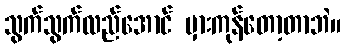
သွက်သွက်လည်အောင် မှားကုန်တော့တာဘဲ။